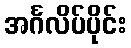
အင်္ဂလိပ်ပိုင်း